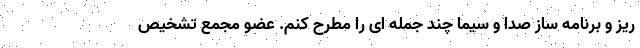
ریز و برنامه ساز صدا و سیما چند جمله ای را مطرح کنم. عضو مجمع تشخیص